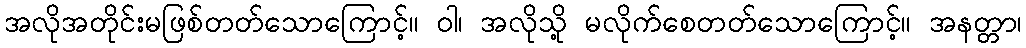
အလိုအတိုင်းမဖြစ်တတ်သောကြောင့်။ ဝါ၊ အလိုသို့ မလိုက်စေတတ်သောကြောင့်။ အနတ္တာ၊